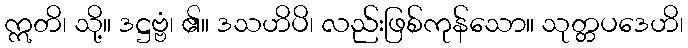
ဣတိ၊ သို့။ ဒဋ္ဌဗ္ဗံ၊ ၏။ ဒသဟိပိ၊ လည်းဖြစ်ကုန်သော။ သုတ္တပဒေဟိ၊